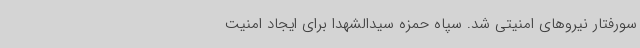
سو‌رفتار نیروهای امنیتی شد. سپاه حمزه سیدالشهدا برای ایجاد امنیت